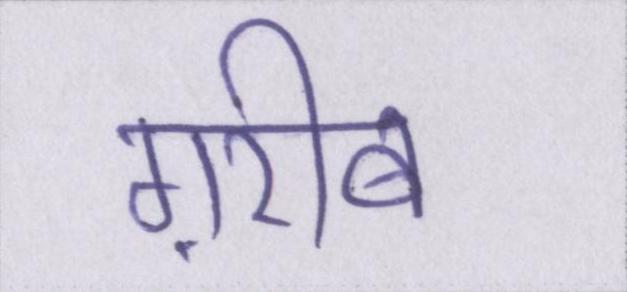
ग़रीब